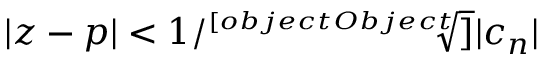
| z - p | < 1 / { \sqrt [ [object Object] ] { | c _ { n } | } }